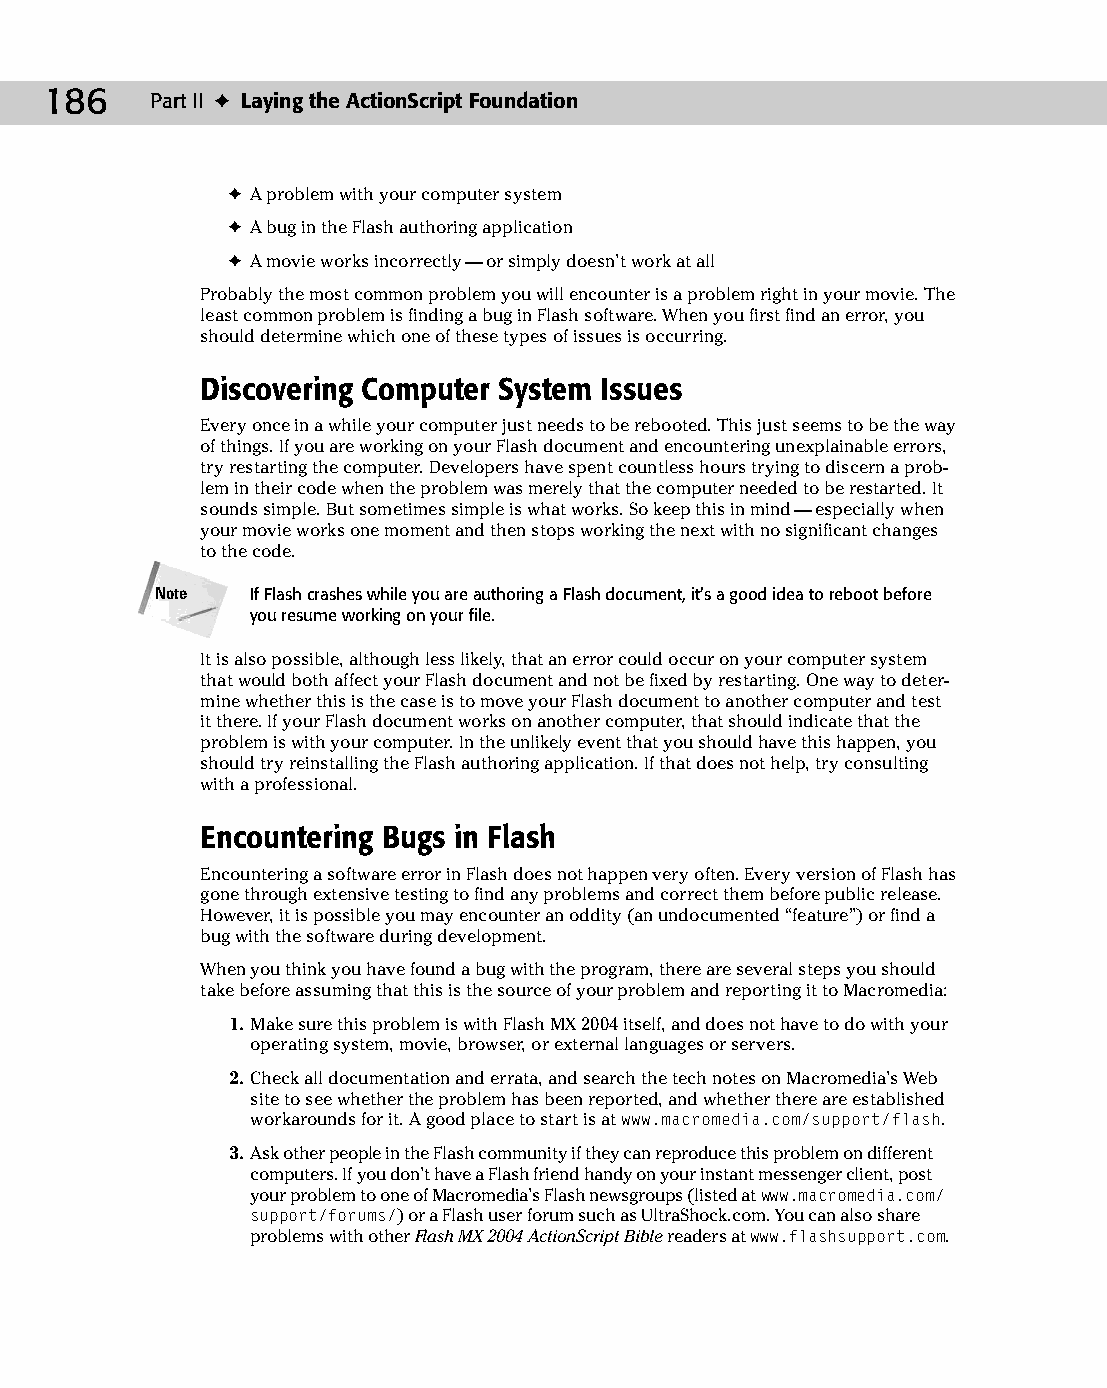
11 543547 ch08.qxd 3/24/04 3:49 PM Page 186
 186    Part II ✦ Laying the ActionScript Foundation
 ✦ A problem with your computer system
 ✦ A bug in the Flash authoring application
 ✦ A movie works incorrectly — or simply doesn’t work at all
 Probably the most common problem you will encounter is a problem right in your movie. The
 least common problem is finding a bug in Flash software. When you first find an error, you
 should determine which one of these types of issues is occurring.
 Discovering Computer System Issues
 Every once in a while your computer just needs to be rebooted. This just seems to be the way
 of things. If you are working on your Flash document and encountering unexplainable errors,
 try restarting the computer. Developers have spent countless hours trying to discern a prob­
 lem in their code when the problem was merely that the computer needed to be restarted. It
 sounds simple. But sometimes simple is what works. So keep this in mind — especially when
 your movie works one moment and then stops working the next with no significant changes
 to the code.
 Note   If Flash crashes while you are authoring a Flash document, it’s a good idea to reboot before
 you resume working on your file.
 It is also possible, although less likely, that an error could occur on your computer system
 that would both affect your Flash document and not be fixed by restarting. One way to deter­
 mine whether this is the case is to move your Flash document to another computer and test
 it there. If your Flash document works on another computer, that should indicate that the
 problem is with your computer. In the unlikely event that you should have this happen, you
 should try reinstalling the Flash authoring application. If that does not help, try consulting
 with a professional.
 Encountering Bugs in Flash
 Encountering a software error in Flash does not happen very often. Every version of Flash has
 gone through extensive testing to find any problems and correct them before public release.
 However, it is possible you may encounter an oddity (an undocumented “feature”) or find a
 bug with the software during development.
 When you think you have found a bug with the program, there are several steps you should
 take before assuming that this is the source of your problem and reporting it to Macromedia:
 1. Make sure this problem is with Flash MX 2004 itself, and does not have to do with your
 operating system, movie, browser, or external languages or servers.
 2. Check all documentation and errata, and search the tech notes on Macromedia’s Web
 site to see whether the problem has been reported, and whether there are established
 workarounds for it. A good place to start is at www.macromedia.com/support/flash.
 3. Ask other people in the Flash community if they can reproduce this problem on different
 computers. If you don’t have a Flash friend handy on your instant messenger client, post
 your problem to one of Macromedia’s Flash newsgroups (listed at www.macromedia.com/
 support/forums/) or a Flash user forum such as UltraShock.com. You can also share
 problems with other Flash MX 2004 ActionScript Bible readers at www.flashsupport.com.